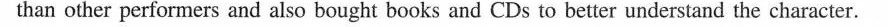
than other performers and also bought books and CDs to better understand the character.